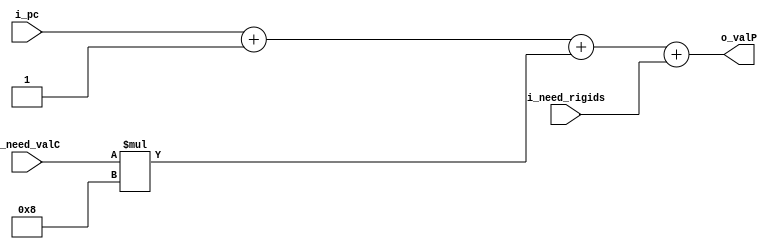
`timescale 1ns / 1ps
//////////////////////////////////////////////////////////////////////////////////
// Company: 
// Engineer: 
// 
// Design Name: 
// Module Name: addpc
// Project Name: 
// Target Devices: 
// Tool Versions: 
// Description: 
// 
// Dependencies: 
// 
// Revision:
// Revision 0.01 - File Created
// Additional Comments:
// 
//////////////////////////////////////////////////////////////////////////////////

module addpc(
    input           [15:0]                  i_pc,
    input                                   i_need_valC,
    input                                   i_need_rigids,
    output  reg        [15:0]               o_valP   
);

    always @(*) begin
        o_valP = i_pc + 16'h1 + i_need_valC*16'h8 + i_need_rigids;
    end
    
endmodule